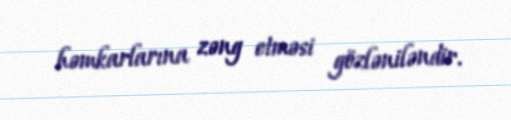
həmkarlarına zəng etməsi gözləniləndir.